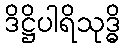
ဒိဋ္ဌိပါရိသုဒ္ဓိ